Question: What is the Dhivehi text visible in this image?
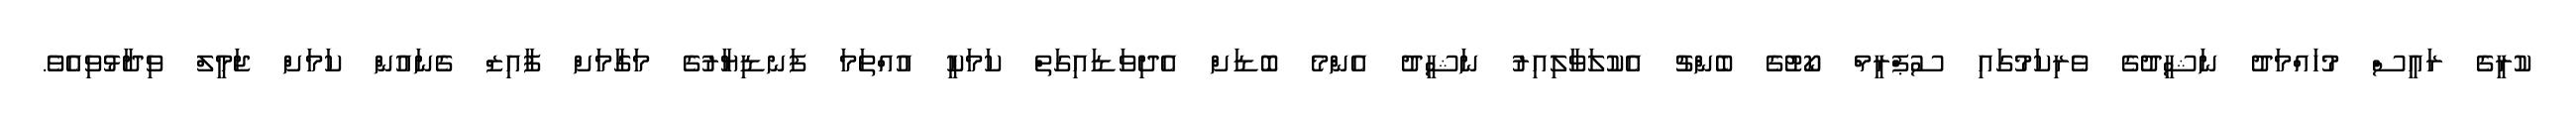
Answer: ކުރީގެ ރައީސް މުހައްމަދު ނަޝީދުގެ ވެރިކަމުގައި ސުޕްރީމް ކޯޓުގެ ބެންޗު އެކުލަވާލިއިރު ނަޝީދު އެންމެ ބޮޑަށް އެދިވަޑައިގަތް ކަމަކީ އުއްތަމަ ފަނޑިޔާރުގެ މަގާމަށް ފާއިޒް ގެނައުން ކަމަށް ޖަމީލް ވިދާޅުވިއެވެ.